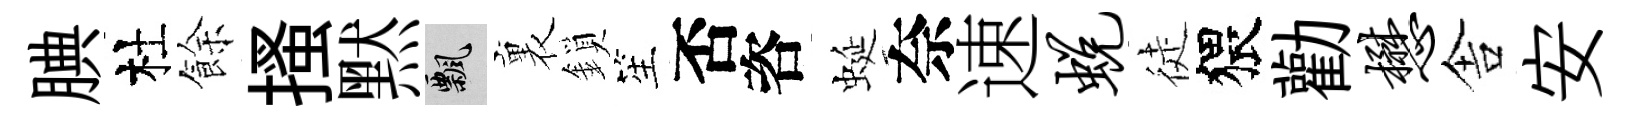
腆杜餘搔黙飄裏鎖笙否咨蜒奈速蜕徒猥勸懋舎安